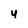
Character: 4